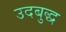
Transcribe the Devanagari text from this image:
उदबुद्ध